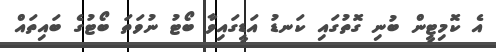
އެ ކޮމިޓީން ބުނި ގޮތުގައި ކަނޑު އަޑީގައިވާ ބޯޓު ނުވަތަ ބޯޓުގެ ބައިތައް